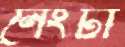
নেংটা